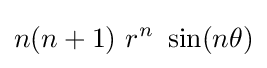
n(n+1)~r^{n}~\sin(n\theta )